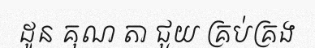
ដូន គុណ តា ជួយ គ្រប់គ្រង